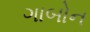
ગાબોન